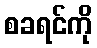
စခရင်ကို